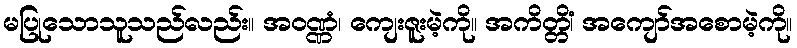
မပြုသောသူသည်လည်း။ အဝဏ္ဏံ၊ ကျေးဇူးမဲ့ကို။ အကိတ္တိံ၊ အကျော်အစောမဲ့ကို။